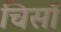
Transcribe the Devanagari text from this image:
चिसॉ